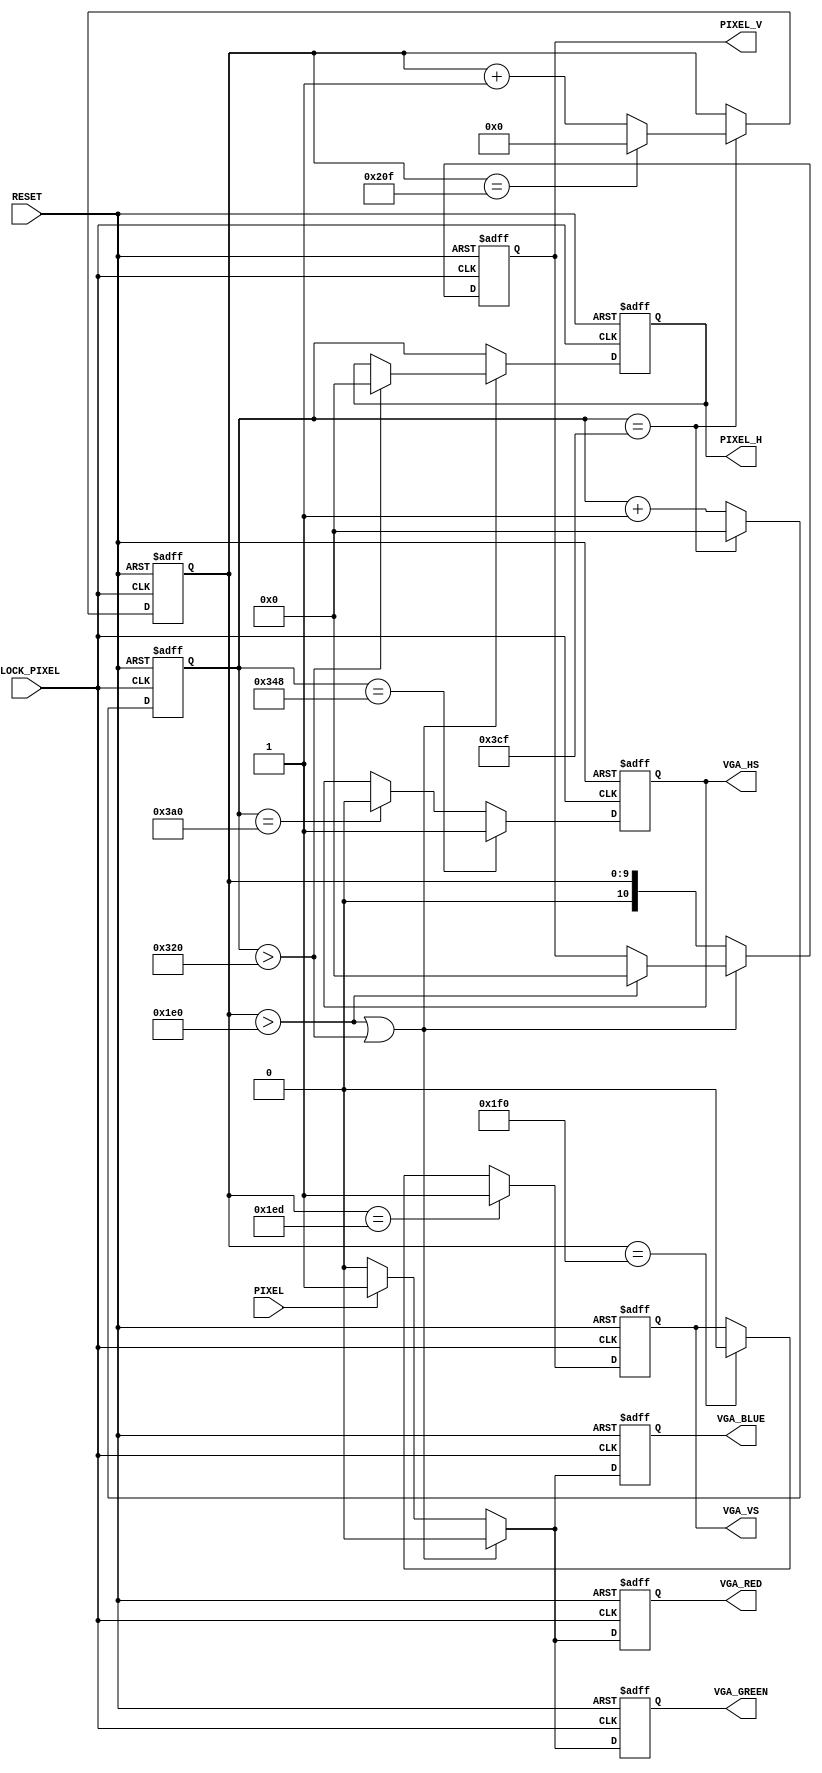
module vga_bw
    (
        CLOCK_PIXEL,
        RESET,
        PIXEL,
        PIXEL_H,
        PIXEL_V,
        VGA_RED,
        VGA_GREEN,
        VGA_BLUE,
        VGA_HS,
        VGA_VS
    );
    input CLOCK_PIXEL;
    input RESET;
    input PIXEL; 
    output [10:0] PIXEL_H;
    output [10:0] PIXEL_V;
    output VGA_RED;
    output VGA_GREEN;
    output VGA_BLUE;
    output VGA_HS;
    output VGA_VS;
    reg [10:0] hor_reg; 
    reg [10:0] hor_pixel; 
    reg hor_sync;
    wire hor_max = (hor_reg == 975); 
    reg [9:0] ver_reg; 
    reg [10:0] ver_pixel; 
    reg ver_sync;
    reg red, green, blue;
    wire ver_max = (ver_reg == 527); 
    always @ (posedge CLOCK_PIXEL or posedge RESET) begin
        if (RESET) begin 
            hor_reg <= 0;
            ver_reg <= 0;
        end
        else if (hor_max) begin
            hor_reg <= 0;
            if (ver_max) begin
                ver_reg <= 0;
            end else begin
                ver_reg <= ver_reg + 1;
            end
        end else begin
            hor_reg <= hor_reg + 1;
        end
    end
    always @ (posedge CLOCK_PIXEL or posedge RESET) begin
        if (RESET) begin 
            hor_sync <= 0;
            ver_sync <= 0;
            red <= 0;
            green <= 0;
            blue <= 0;
            hor_pixel <= 0;
            ver_pixel <= 0;
        end
        else begin
            if (hor_reg == 840) begin          
                hor_sync <= 1;                 
            end else if (hor_reg == 928) begin 
                hor_sync <= 0;                 
            end
            if (ver_reg == 493) begin          
                ver_sync <= 1;                 
            end else if (ver_reg == 496) begin 
                ver_sync <= 0;                 
            end
            if (ver_reg > 480 || hor_reg > 800) begin
                red <= 0;
                green <= 0;
                blue <= 0;
                if (ver_reg > 480) begin
                    ver_pixel <= 0;
                end 
                if (hor_reg > 800) begin
                    hor_pixel <= 0;
                end 
            end
            else begin
                hor_pixel <= hor_reg;
                ver_pixel <= ver_reg;
                if (PIXEL) begin
                    red <= 1;
                    green <= 1;
                    blue <= 1;
                end 
                else begin
                    red <= 0;
                    green <= 0;
                    blue <= 0;
                end
            end
        end
    end
    assign VGA_HS = hor_sync;
    assign VGA_VS = ver_sync;
    assign VGA_RED =  red;
    assign VGA_GREEN = green;
    assign VGA_BLUE = blue;
    assign PIXEL_H = hor_pixel;
    assign PIXEL_V = ver_pixel;
endmodule